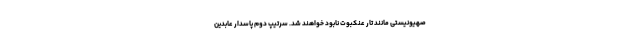
صهیونیستی مانند تار عنکبوت نابود خواهند شد. سرتیپ دوم پاسدار عابدین